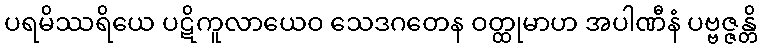
ပရမိဿရိယေ ပဋိကူလာယေဝ သေဒဂတေန ဝတ္ထုမာဟ အပါဏီနံ ပဗ္ဗဇ္ဇန္တိ